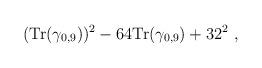
LaTeX: \begin{align*}({\mbox {Tr}} (\gamma_{0,9}))^2 - 64 {\mbox {Tr}} (\gamma_{0,9}) + 32^2~,\end{align*}